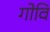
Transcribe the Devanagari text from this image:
गोवि